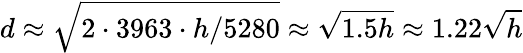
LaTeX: d\approx{\sqrt{2\cdot 3963\cdot{h/5280}}}\approx{\sqrt{1.5h}}\approx 1.22{\sqrt{h}}